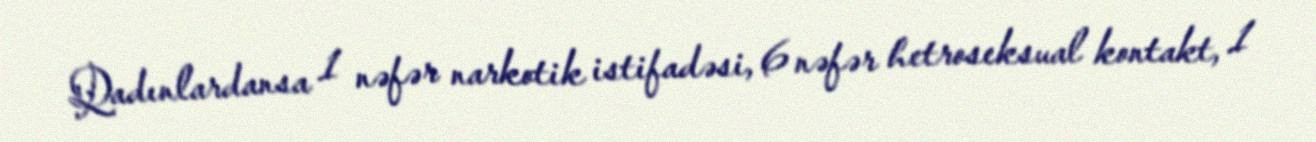
Qadınlardansa 1 nəfər narkotik istifadəsi, 6 nəfər hetroseksual kontakt, 1